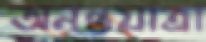
অনন্তযাত্রা